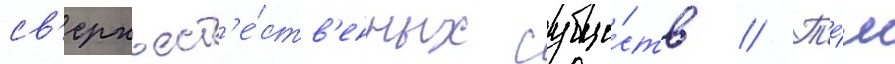
св'ерхъест'е́ств'енных суще́ств // Т'е́м